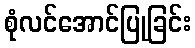
စုံလင်အောင်ပြုခြင်း